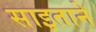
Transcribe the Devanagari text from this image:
साइताने